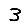
Digit: 3